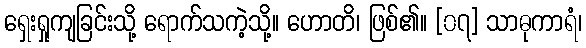
ရှေးရှုကျခြင်းသို့ ရောက်သကဲ့သို့။ ဟောတိ၊ ဖြစ်၏။ [၀၇] သာဓုကာရံ၊